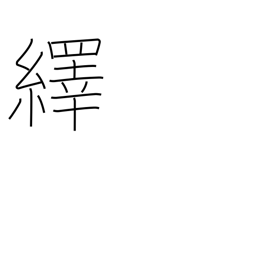
Meaning: pull out